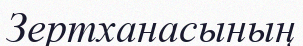
Зертханасының